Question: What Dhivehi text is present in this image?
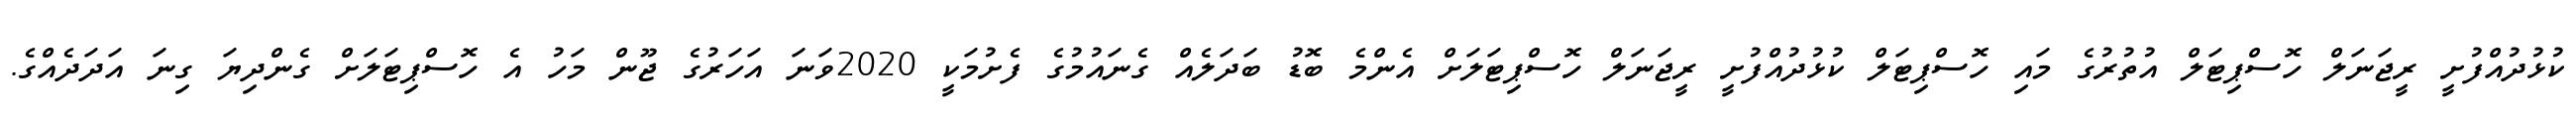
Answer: ކުޅުދުއްފުށީ ރީޖަނަލް ހޮސްޕިޓަލް އުތުރުގެ މައި ހޮސްޕިޓަލް ކުޅުދުއްފުށީ ރީޖަނަލް ހޮސްޕިޓަލަށް އެންމެ ބޮޑު ބަދަލެއް ގެނައުމުގެ ފެށުމަކީ 2020ވަނަ އަހަރުގެ ޖޫން މަހު އެ ހޮސްޕިޓަލަށް ގެންދިޔަ ގިނަ އަދަދެއްގެ.